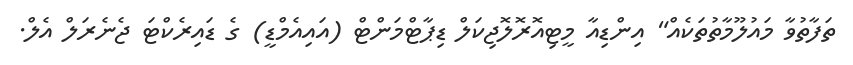
ތަފާތުވާ މައުލޫމާތުތަކެއް" އިންޑިއާ މީޓިއޮރޮލޮޖިކަލް ޑިޕާޓްމަންޓް (އައިއެމްޑީ) ގެ ޑައިރެކްޓަ ޖެނެރަލް އެލް.